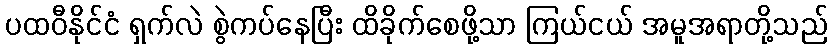
ပထဝီနိုင်ငံ ရှက်လဲ စွဲကပ်နေပြီး ထိခိုက်စေဖို့သာ ကြယ်ငယ် အမူအရာတို့သည်